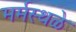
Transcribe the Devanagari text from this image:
मर्मस्थळे